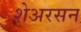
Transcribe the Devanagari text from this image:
शेअरसन